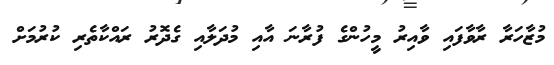
މުޒާހަރާ ރާވާފައި ވާއިރު މީހުންގެ ފުރާނަ އާއި މުދަލާއި ގެދޮރު ރައްކާތެރި ކުރުމަށް